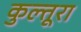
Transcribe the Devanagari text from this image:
कुल्तूरा